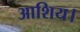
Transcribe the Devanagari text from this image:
आशिय।